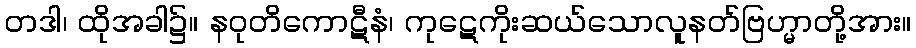
တဒါ၊ ထိုအခါ၌။ နဝုတိကောဋီနံ၊ ကုဋေကိုးဆယ်သောလူနတ်ဗြဟ္မာတို့အား။